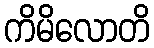
ကိမိလောတိ